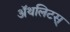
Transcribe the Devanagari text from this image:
ॲथलिटस्